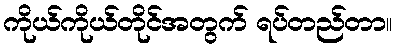
ကိုယ်ကိုယ်တိုင်အတွက် ရပ်တည်တာ။